Indian journal of veterinary science and animal husbandry - Volume 4,
Year: 1934
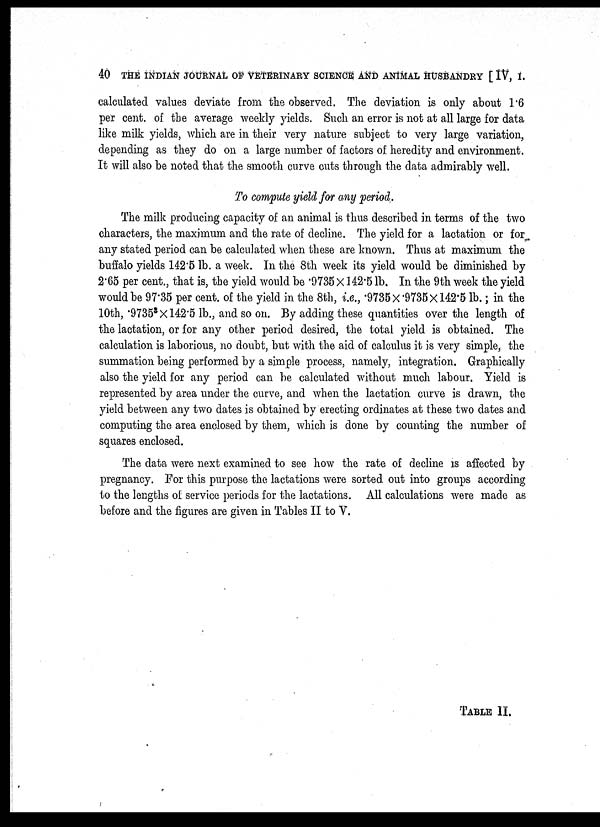
40 THE INDIAN JOURNAL OF VETERINARY SCIENCE AND ANIMAL HUSBANDRY [IV, I.
calculated values deviate from the observed. The deviation is only about 1.6
per cent. of the average weekly yields. Such an error is not at all large for data
like milk yields, which are in their very nature subject to very large variation,
depending as they do on a large number of factors of heredity and environment.
It will also be noted that the smooth curve cuts through the data admirably well.
To compute yield for any period.
The milk producing capacity of an animal is thus described in terms of the two
characters, the maximum and the rate of decline. The yield for a lactation or for
any stated period can be calculated when these are known. Thus at maximum the
buffalo yields 142.5 lb. a week. In the 8th week its yield would be diminished by
2.65 per cent., that is, the yield would be .9735 × 142.5 lb. In the 9th week the yield
would be 97.35 per cent. of the yield in the 8th, i.e., .9735 ×.9735× 142.5 lb.; in the
10th, .9735 3 × 142.5 lb., and so on. By adding these quantities over the length of
the lactation, or for any other period desired, the total yield is obtained. The
calculation is laborious, no doubt, but with the aid of calculus it is very simple, the
summation being performed by a simple process, namely, integration. Graphically
also the yield for any period can be calculated without much labour. Yield is
represented by area under the curve, and when the lactation curve is drawn, the
yield between any two dates is obtained by erecting ordinates at these two dates and
computing the area enclosed by them, which is done by counting the number of
squares enclosed.
The data were next examined to see how the rate of decline is affected by
pregnancy. For this purpose the lactations were sorted out into groups according
to the lengths of service periods for the lactations. All calculations were made as
before and the figures are given in Tables II to V.
TABLE II.